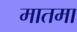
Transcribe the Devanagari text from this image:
मातमा